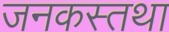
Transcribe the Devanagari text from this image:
जनकस्तथा